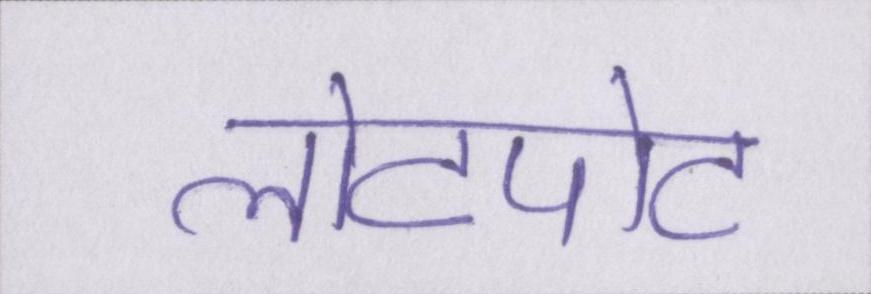
लोटपोट